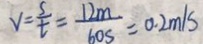
v = \frac { s } { t } = \frac { 1 2 m } { 6 0 s } = 0 . 2 m / s